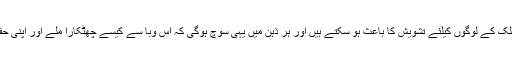
یہ اعدادوشمار کسی بھی ملک کے لوگوں کیلئے تشویش کا باعث ہو سکتے ہیں اور ہر ذہن میں یہی سوچ ہوگی کہ اس وبا سے کیسے چھٹکارا ملے اور اپنی حفاظت کیلئے کیا کیا جائے۔